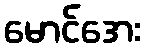
မောင်အေး